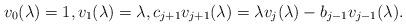
LaTeX: \begin{align*} v_0(\lambda) = 1, v_1(\lambda) = \lambda, c_{j+1} v_{j+1}(\lambda) = \lambda v_j(\lambda) - b_{j-1} v_{j-1}(\lambda).\end{align*}